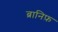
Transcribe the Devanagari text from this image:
ब्रानिफ़